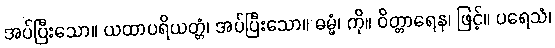
အပ်ပြီးသော။ ယထာပရိယတ္တံ၊ အပ်ပြီးသော။ ဓမ္မံ၊ ကို။ ဝိတ္တာရေန၊ ဖြင့်။ ပရေသံ၊